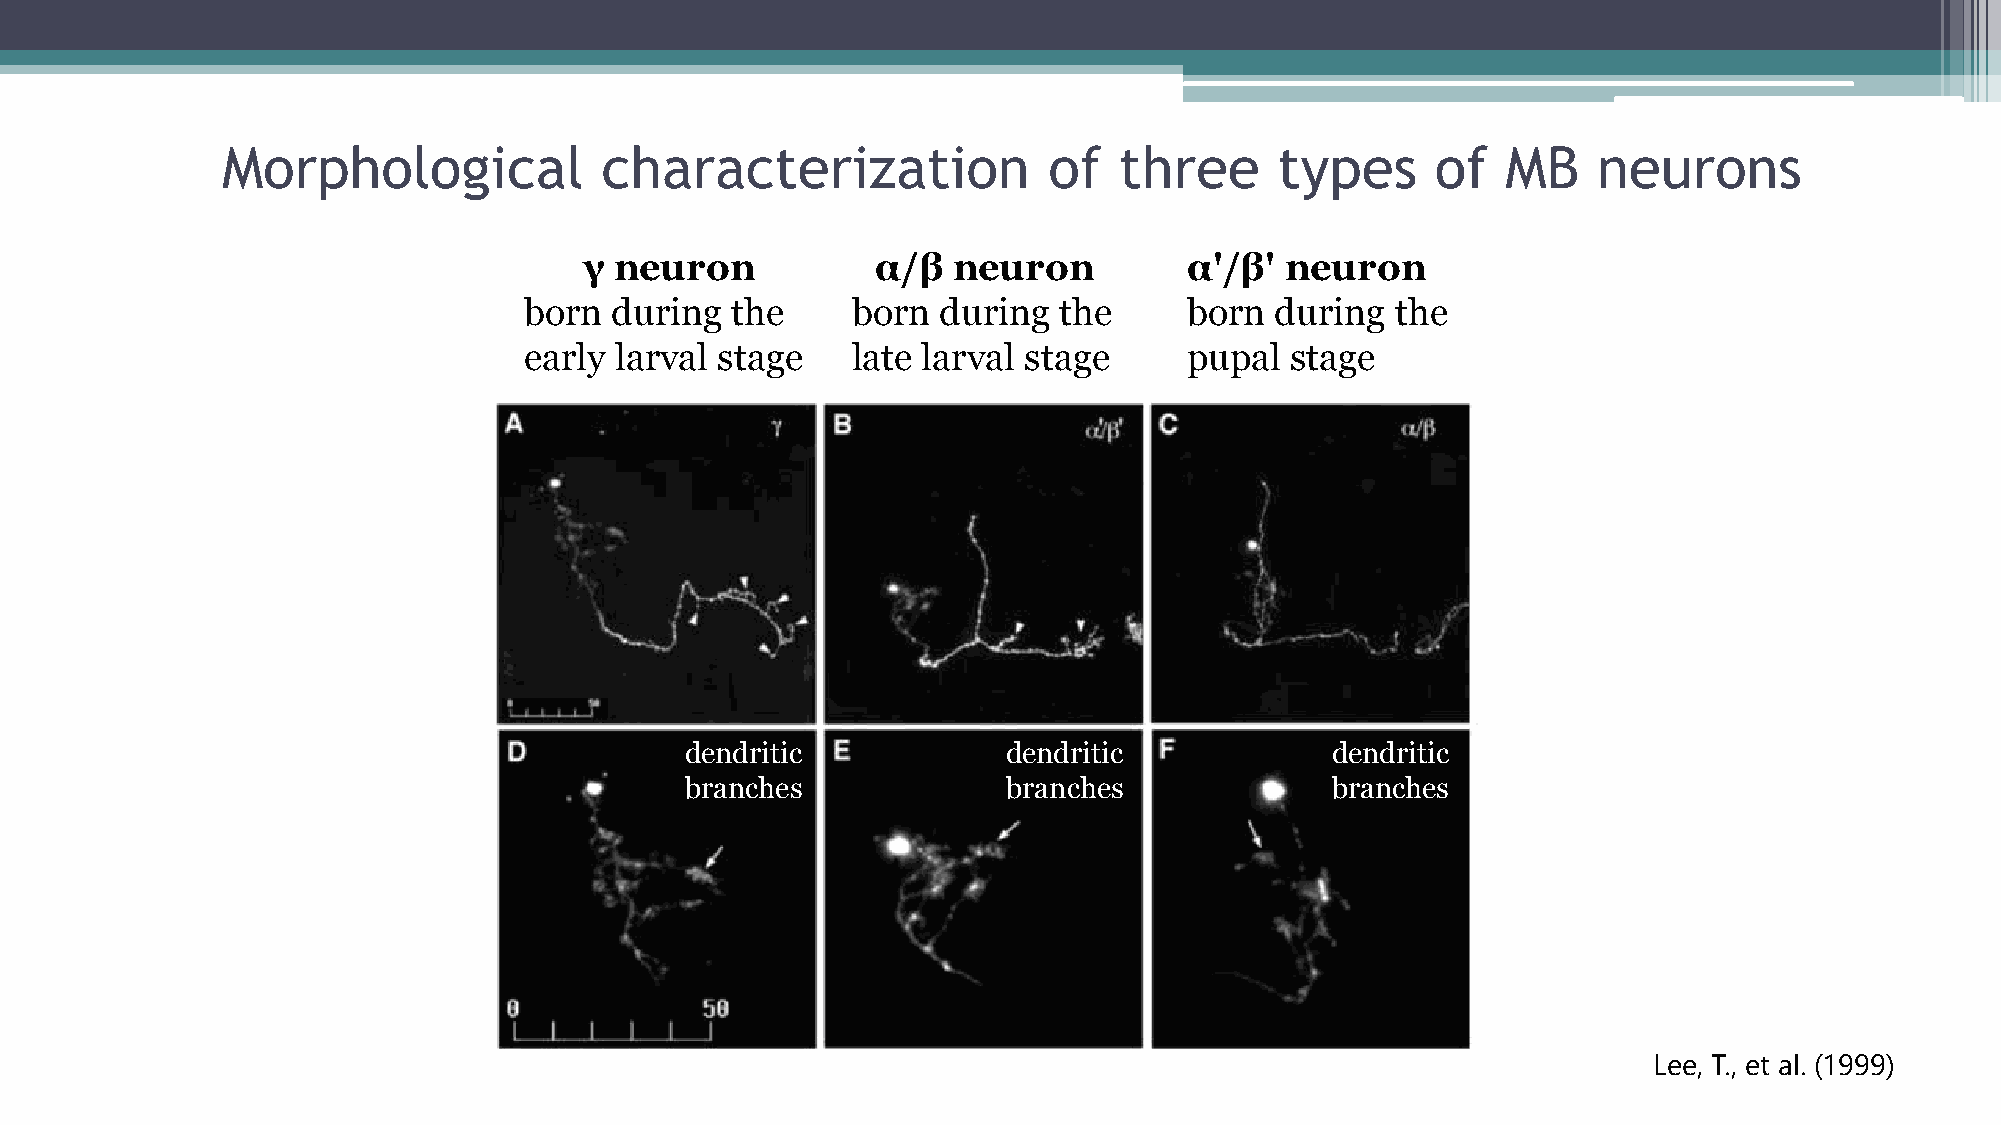
Morphological            characterization             of   three      types     of   MB    neurons
 γ neuron           α/β  neuron          α'/β' neuron
 born during  the     born  during  the      born during  the
 early larval stage   late larval stage      pupal stage
 dendritic             dendritic            dendritic
 branches              branches             branches
 Lee, T., et al. (1999)